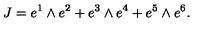
J = e ^ { 1 } \wedge e ^ { 2 } + e ^ { 3 } \wedge e ^ { 4 } + e ^ { 5 } \wedge e ^ { 6 } .